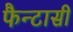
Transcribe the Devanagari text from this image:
फैन्टासी